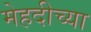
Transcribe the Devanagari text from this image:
मेहदीच्या